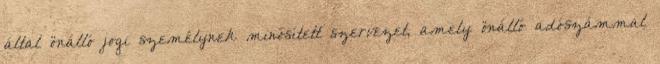
által önálló jogi személynek minősített szervezet, amely önálló adószámmal